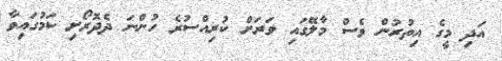
އަދި މީގެ އިތުރުން ވެސް މާލޭގައި ވަރަށް ކުރިއްސުރެ ހުންނަ ދެދޮރޯށި ކަމުގައިވާ